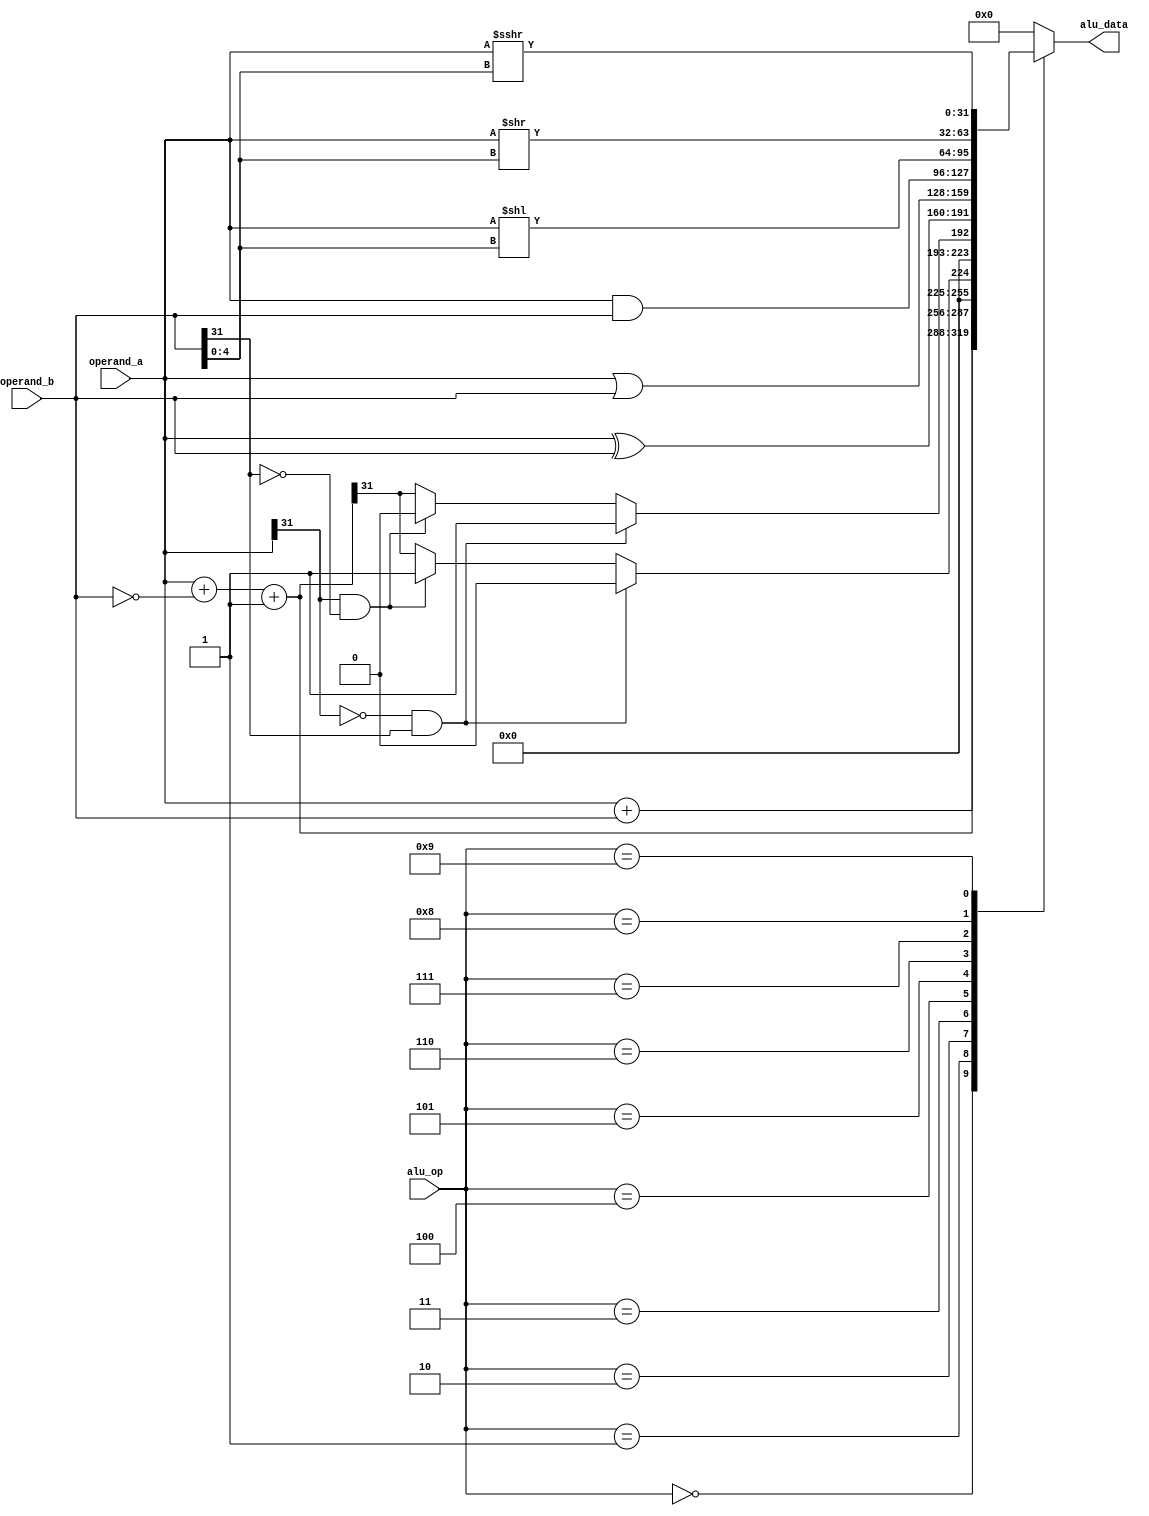
module alu(
    input wire [31:0] operand_a, // rs1
    input wire [31:0] operand_b, // rs2 or imm depending on the type of operation
    input wire [3:0] alu_op, // Operation code for the ALU (see the table)
    output reg [31:0] alu_data // Output of the ALU operation
);
    reg [31:0] diff; 
// Define operation codes
localparam ADD = 4'd0; // ADD operation
localparam SUB = 4'd1; // SUB operation
localparam SLT = 4'd2; // SLT operation
localparam SLTU = 4'd3; // SLTU operation
localparam XOR = 4'd4; // XOR operation
localparam OR = 4'd5; // OR operation
localparam AND = 4'd6; // AND operation
localparam SLL = 4'd7; // SLL operation
localparam SRL = 4'd8; // SRL operation
localparam SRA = 4'd9; // SRA operation

// ALU behavior based on the alu_op input
always @(*) begin
    diff = operand_a + (~operand_b) + 1;
    case (alu_op)
        ADD: alu_data = operand_a + operand_b;
        SUB: alu_data = diff; // Two's complement subtraction
        SLT: alu_data =  (operand_a[31] == 0 && operand_b[31] == 1) ? 32'd0 :
                         (operand_a[31] == 1 && operand_b[31] == 0) ? 32'd1 : diff[31];
        SLTU: alu_data = (operand_a[31] == 0 && operand_b[31] == 1) ? 32'd1 :
                         (operand_a[31] == 1 && operand_b[31] == 0) ? 32'd0 : diff[31];
        XOR: alu_data = operand_a ^ operand_b;
        OR: alu_data = operand_a | operand_b;
        AND: alu_data = operand_a & operand_b;
        SLL: alu_data = operand_a << operand_b[4:0];
        SRL: alu_data = operand_a >> operand_b[4:0];
        SRA: alu_data = operand_a >>> operand_b[4:0]; // Arithmetic right shift
        default: alu_data = 32'd0; // Default case to handle unknown alu_op values
    endcase
end
endmodule